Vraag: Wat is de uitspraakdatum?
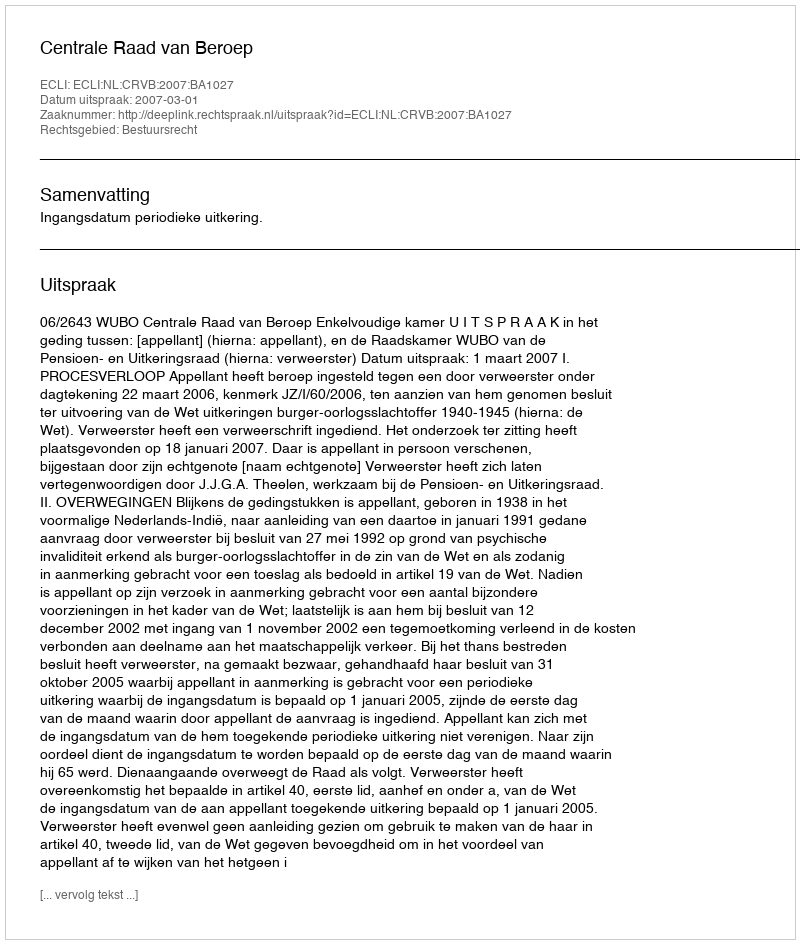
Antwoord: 2007-03-01